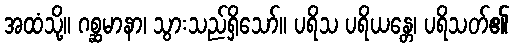
အထံသို့။ ဂစ္ဆမာနာ၊ သွားသည်ရှိသော်။ ပရိသ ပရိယန္တေ၊ ပရိသတ်၏